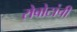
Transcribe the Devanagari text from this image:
रोबोटांची